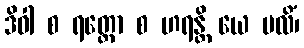
ဒိဝါ စ ရတ္တော စ ဟရန္တိ ယေ ဗလိံ၊